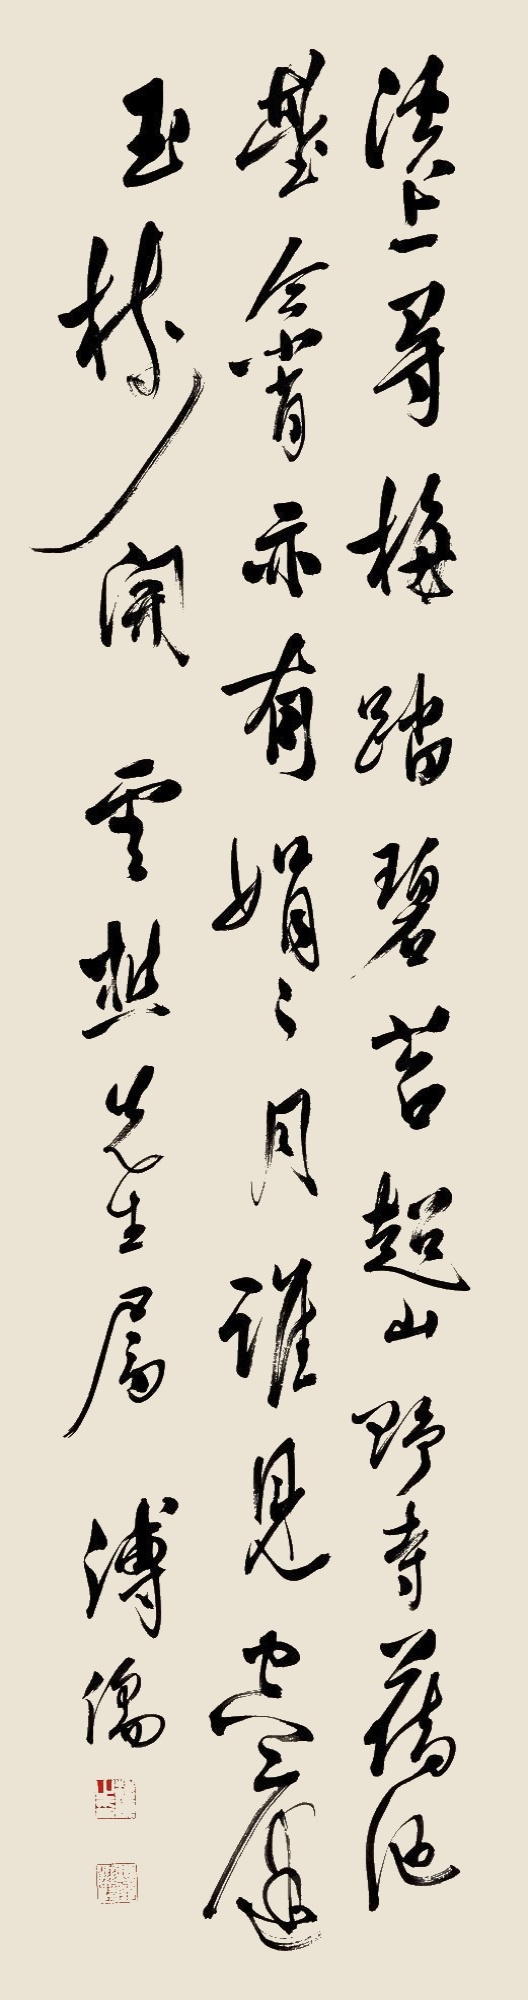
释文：溪上寻梅踏碧苔，超山野寺旧池台。今宵亦有娟娟月，谁见空庭玉树开。云棋先生属，溥儒。